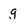
Character: g